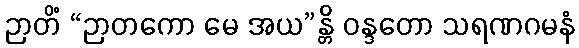
ဉာတိံ “ဉာတကော မေ အယ”န္တိ ဝန္ဒတော သရဏဂမနံ